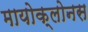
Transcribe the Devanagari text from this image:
मायोक्लोनस